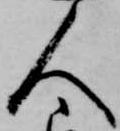
人